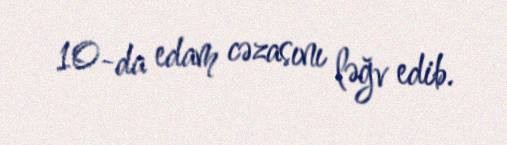
10-da edam cəzasını ləğv edib.